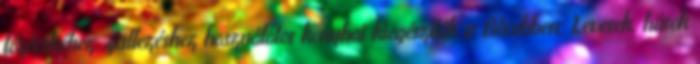
főzőcskéhez, grillezéshez használatos konyhai kiegészítők is Bővebben: Levesek, húsok